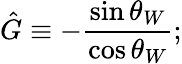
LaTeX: \hat{G}\equiv-\frac{\sin\theta_{W}}{\cos\theta_{W}};